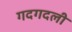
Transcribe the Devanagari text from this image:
गदगदली